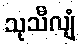
သုသီလျံ